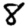
Digit: 8